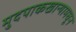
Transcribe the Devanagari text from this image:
मुदपाकखान्यामधून